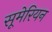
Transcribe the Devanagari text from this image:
सूमेरियन